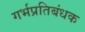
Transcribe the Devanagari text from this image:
गर्भप्रतिबंधक